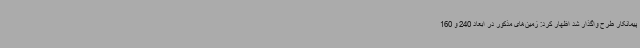
پیمانکار طرح واگذار شد اظهار کرد: زمین‌های مذکور در ابعاد 240 و 160